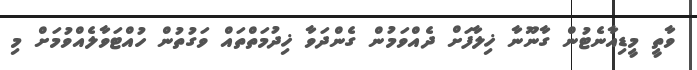
ވާތީ މީޑިއާނެޓުން ގާނޫނާ ޚިލާފަށް ދެއްވަމުން ގެންދަވާ ޚިދުމަތްތައް ވަގުތުން ހުއްޓަވާލެއްވުމަށް މި